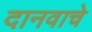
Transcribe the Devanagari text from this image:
दानवाचे